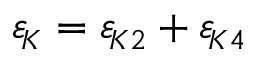
{ \varepsilon _ { \! \scriptscriptstyle K } } = { \varepsilon _ { \! \scriptscriptstyle K 2 } } + { \varepsilon _ { \! \scriptscriptstyle K 4 } }